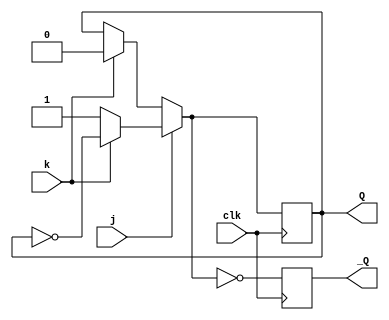
module jk_flip_flop(
	input clk,
	input j,
	input k,
	output reg Q,
	output reg _Q
);
	initial begin
		Q = 1'b1;
	end

	always@(posedge clk) begin
		if(j == 0) begin
			if(k == 1) begin
				Q = 0;
			end
		end
		else begin
			if(k == 0) begin
				Q = 1;
			end
			else begin
				Q = ~Q;
			end
		end
		_Q = ~Q;		
	end
//	always@(Q) begin
//		_Q = ~Q;
//	end
endmodule